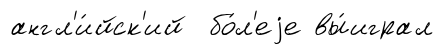
англ'и́йск'ий бо́л'еjе вы́играл